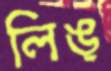
লিঙ্